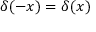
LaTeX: \delta ( - x ) = \delta ( x )